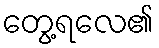
တွေ့ရလေ၏